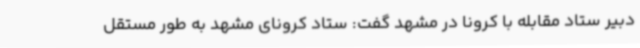
دبیر ستاد مقابله با کرونا در مشهد گفت: ستاد کرونای مشهد به طور مستقل